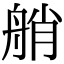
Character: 艄